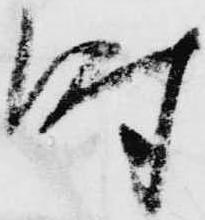
時